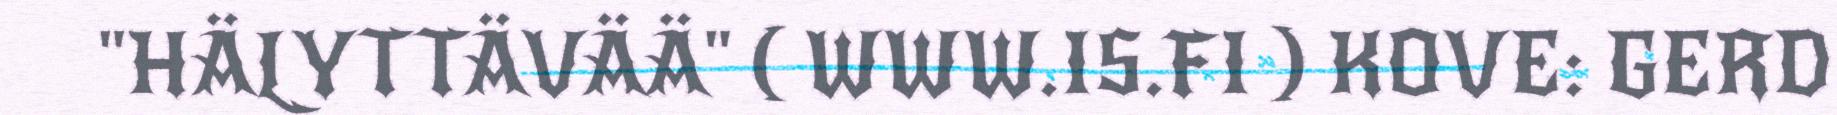
"HÄLYTTÄVÄÄ" ( WWW.IS.FI ) KOVE: GERD